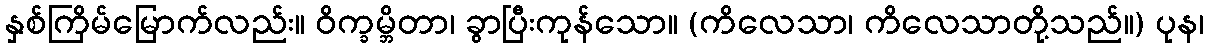
နှစ်ကြိမ်မြောက်လည်း။ ဝိက္ခမ္ဘိတာ၊ ခွာပြီးကုန်သော။ (ကိလေသာ၊ ကိလေသာတို့သည်။) ပုန၊